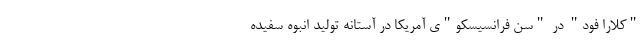
"کلارا فود" در "سن فرانسیسکو"ی آمریکا در آستانه تولید انبوه سفیده